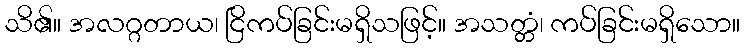
သိ၏။ အလဂ္ဂတာယ၊ ငြိကပ်ခြင်းမရှိသဖြင့်။ အသတ္တံ၊ ကပ်ခြင်းမရှိသော။